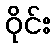
ဝိုင်း